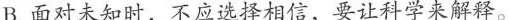
B.面对未知时，不应选择相信，要让科学来解释。